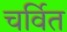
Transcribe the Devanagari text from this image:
चर्वित